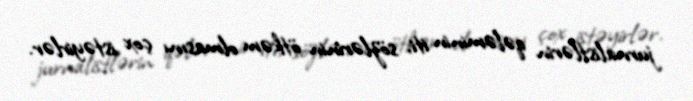
jurnalistlərin qələminin iti, sözlərinin ötkəm olmasını çox istəyirlər.